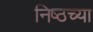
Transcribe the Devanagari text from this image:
निष्ठच्या